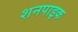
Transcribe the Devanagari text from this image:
शनपाइक